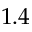
1 . 4